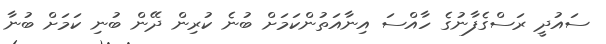
ސައުދީ ރަސްގެފާނުގެ ހާއްސަ އިނާއަތުންކަމަށް ބުނެ ކުރިން ދޭން ބުނި ކަމަށް ބުނާ